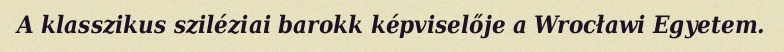
A klasszikus sziléziai barokk képviselője a Wrocławi Egyetem.